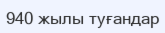
940 жылы туғандар